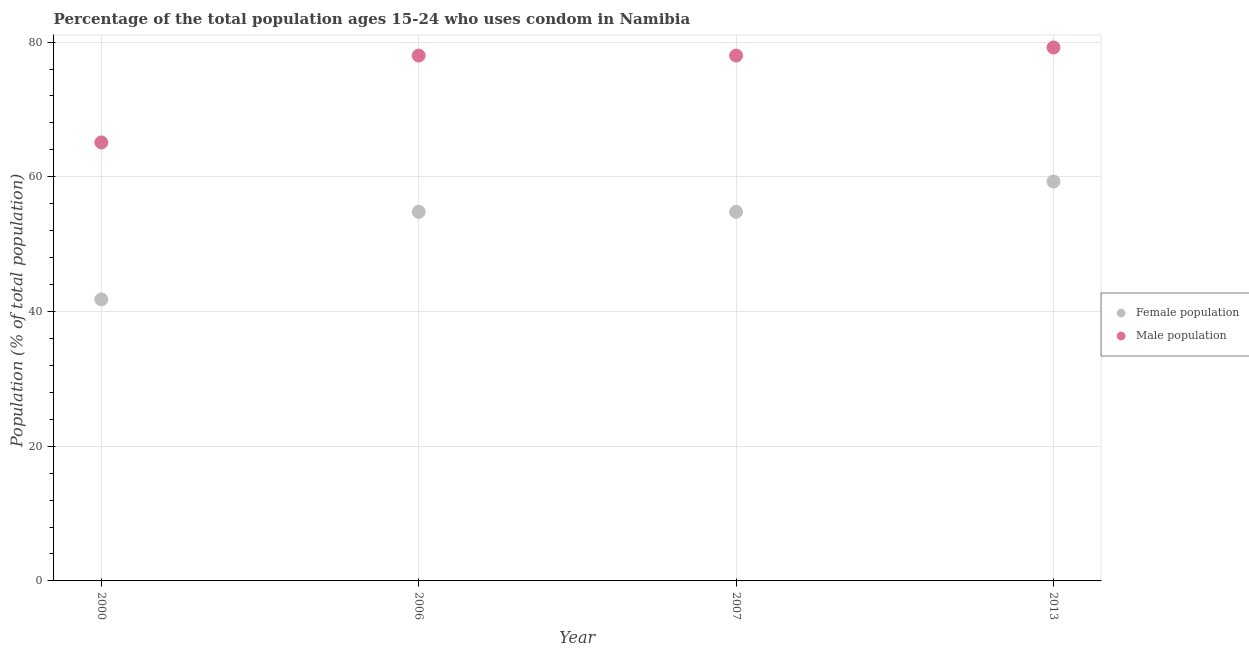
| Year | Female population | Male population |
 | --- | --- | --- |
 | 2000 | 41.8 | 65.1 |
 | 2006 | 54.8 | 78 |
 | 2007 | 54.8 | 78 |
 | 2013 | 59.3 | 79.2 |